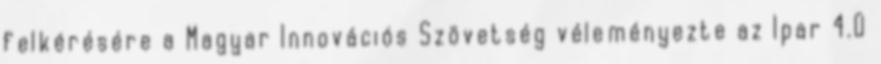
felkérésére a Magyar Innovációs Szövetség véleményezte az Ipar 4.0